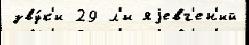
зву́к'и 29 л'и яjевг'ен'ий